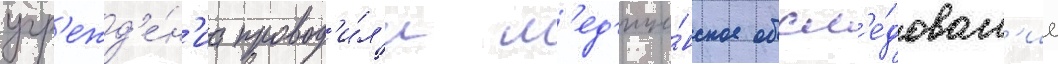
учр'ежд'е́н'иа провод'и́л'и м'ед'ици́нское обсл'е́дован'ие